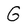
Character: G